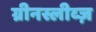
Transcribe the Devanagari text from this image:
ग्रीनस्लीव्ज़